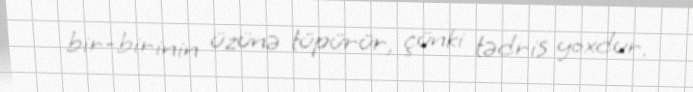
bir-birinin üzünə tüpürür, çünki tədris yoxdur.